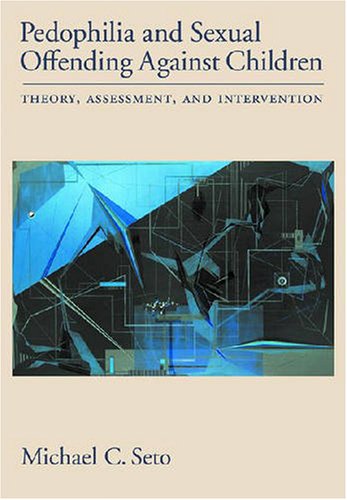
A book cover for Pedophilia and Sexual Offending Against Children: Theory, Assessment, and Intervention; Michael C. Seto; Politics & Social Sciences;